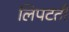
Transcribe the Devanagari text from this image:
लिपटती